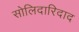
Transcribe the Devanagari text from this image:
सोलिदारिदाद